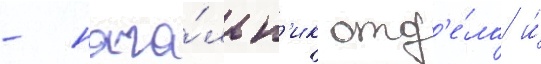
- нача́льн'ик отд'е́ла и́